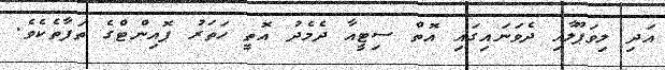
އަދި ލިވަޕޫލާއި ދެވަނައިގައި އޮތް ސިޓީއާ ދެމެދު އޮތީ ހަތަރު ޕޮއިންޓްގެ ތަފާތެކެވެ.